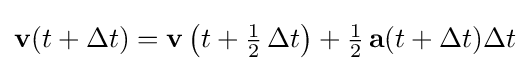
\mathbf {v} (t+\Delta t)=\mathbf {v} \left(t+{\tfrac {1}{2}}\,\Delta t\right)+{\tfrac {1}{2}}\,\mathbf {a} (t+\Delta t)\Delta t